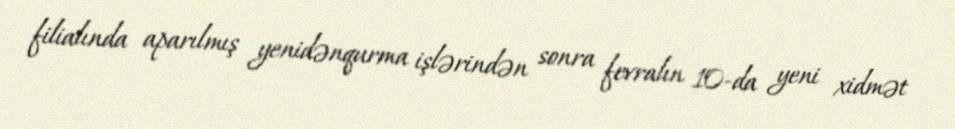
filialında aparılmış yenidənqurma işlərindən sonra fevralın 10-da yeni xidmət